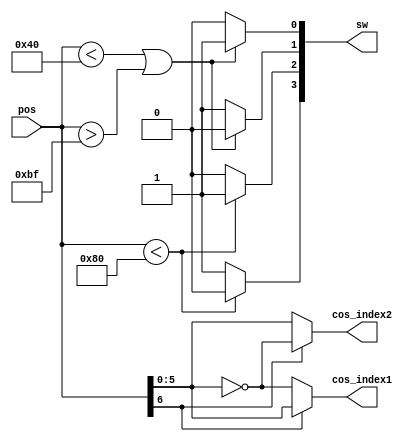
// SPDX-License-Identifier: ISC
`default_nettype none

module microstep_counter (
    input  [7:0] pos,
    output [5:0] cos_index1,
    output [5:0] cos_index2,
    output [3:0] sw
);

  assign sw[0] = pos[7:0] < 64 || pos[7:0] > 191 ? 1'b1 : 1'b0;  //0-63 192-255
  assign sw[1] = pos[7:0] < 64 || pos[7:0] > 191 ? 1'b0 : 1'b1;  //64-191
  assign sw[2] = pos[7:0] < 128 ? 1'b1 : 1'b0;  //0-127
  assign sw[3] = pos[7:0] < 128 ? 1'b0 : 1'b1;  //128-255

  assign cos_index1 = pos[6] == 1'b0 ? ~pos[5:0] : pos[5:0];
  assign cos_index2 = pos[6] == 1'b0 ? pos[5:0] : ~pos[5:0];

endmodule